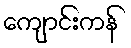
ကျောင်းကန်